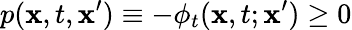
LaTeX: p(\mathbf{x},t,\mathbf{x}^{\prime})\equiv-\phi_{t}(\mathbf{x},t;\mathbf{x}^{\prime})\geq 0